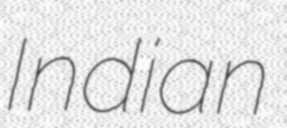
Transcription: Indian